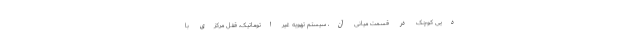
دیی کوچک در قسمت میانی آن، سیستم تهویه غیر اتوماتیک، قفل مرکزی با